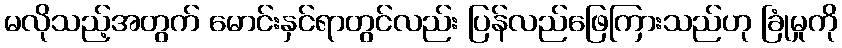
မလိုသည့်အတွက် မောင်းနှင်ရာတွင်လည်း ပြန်လည်ဖြေကြားသည်ဟု ခြုံမှုကို